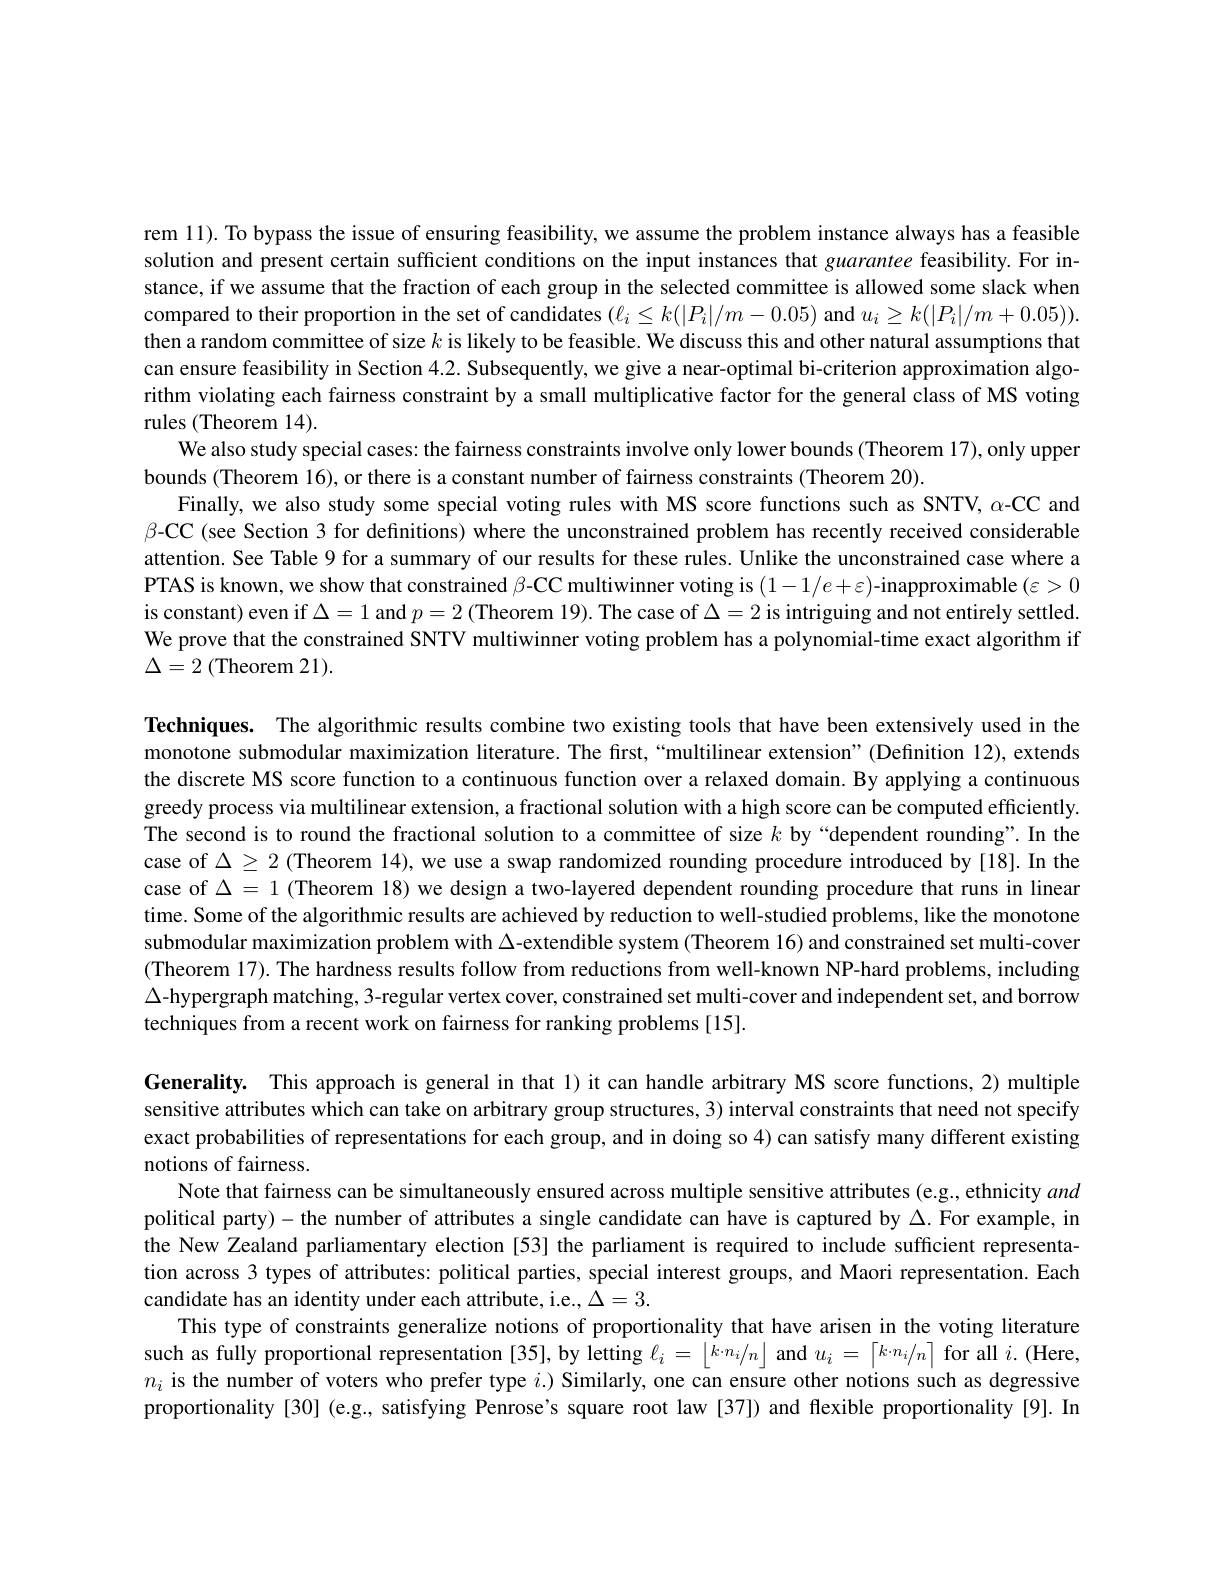
rem 11). To bypass the issue of ensuring feasibility, we assume the problem instance always has a feasible solution and present certain sufficient conditions on the input instances that guarantee feasibility. For instance, if we assume that the fraction of each group in the selected committee is allowed some slack whem compared to their proportion in the set of candidates $(\ell_{i}\leq k(|P_{i}|/m-0.05)$ and $u_i\geq k(|P_{i}|/m+0.05)).$ then a random committee of size $k$ is likely to be feasible. We discuss this and other natural assumptions that can ensure feasibility in Section 4.2. Subsequently, we give a near-optimal bi-criterion approximation algorithm violating each fairness constraint by a small multiplicative factor for the general class of MS voting rules (Theorem 14)
We also study special cases: the fairness constraints involve only lower bounds (Theorem 17), only upper
bounds (Theorem 16), or there is a constant number of fairness constraints (Theorem 20).
Finally, we also study some special voting rules with MS score functions such as SNTV, $\alpha$-CC and $\beta-CC($see Section 3 for definitions) where the unconstrained problem has recently received considerable attention. See Table 9 for a summary of our results for these rules. Unlike the unconstrained case where a PTAS is known, we show that constrained $\beta$-CC multiwinner voting is $(1-1/e+\varepsilon)$-inapproximable $(\varepsilon>0$ is constant) even if $\Delta=1$ and $p=2$ (Theorem 19). The case of $\Delta=2$ is intriguing and not entirely settled We prove that the constrained SNTV multiwinner voting problem has a polynomial-time exact algorithm if $\Delta=2$(Theorem 21).

Techniques. The algorithmic results combine two existing tools that have been extensively used in the monotone submodular maximization literature. The first,“multilinear extension"(Defnition 12), extends the discrete MS score function to a continuous function over a relaxed domain. By applying a continuous greedy process via multilinear extension, a fractional solution with a high score can be computed efficiently. The second is to round the fractional solution to a committee of size $k$ by“dependent rounding”.In the case of $\Delta\geq2$ (Theorem 14), we use a swap randomized rounding procedure introduced by [18]. In the case of $\Delta=1$ (Theorem 18) we design a two-layered dependent rounding procedure that runs in linear time. Some of the algorithmic results are achieved by reduction to well-studied problems, like the monotone submodular maximization problem with $\Delta$-extendible system (Theorem 16) and constrained set multi-cover (Theorem 17). The hardness results follow from reductions from well-known NP-hard problems, including $\Delta$-hypergraph matching, 3-regular vertex cover, constrained set multi-cover and independent set, and borrow techniques from a recent work on fairness for ranking problems [15]

Generality. This approach is general in that I) it can handle arbitrary MS score functions, 2) multiple sensitive attributes which can take on arbitrary group structures, 3) interval constraints that need not specify exact probabilities of representations for each group, and in doing so 4) can satisfy many different existing notions of fairness.
Note that fairness can be simultaneously ensured across multiple sensitive attributes (e.g., ethnicity and political party)-the number of attributes a single candidate can have is captured by $\Delta.$ For example, in the New Zealand parliamentary election [53] the parliament is required to include sufficient representation across 3 types of attributes: political parties, special interest groups, and Maori representation. Each candidate has an identity under each attribute, i.e., $\Delta=3.$
This type of constraints generalize notions of proportionality that have arisen in the voting literature such as fully proportional representation [35], by letting $\ell_i=\left|k\cdot n_i/n\right|$ and $u_i=\left\lceil k\cdot n_i/n\right\rceil$ for all $i.$ (Here, $n_i$ is the number of voters who prefer type $i.)$ Similarly, one can ensure other notions such as degressive proportionality [30] (e.g., satisfying Penrose's square root law [37]) and flexible proportionality [9]. In